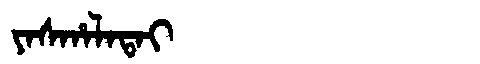
Manchu: ᠶᠠᠰᡥᠠᠯᠠᡨᠠᡳ
Romanization: YASHALATAI